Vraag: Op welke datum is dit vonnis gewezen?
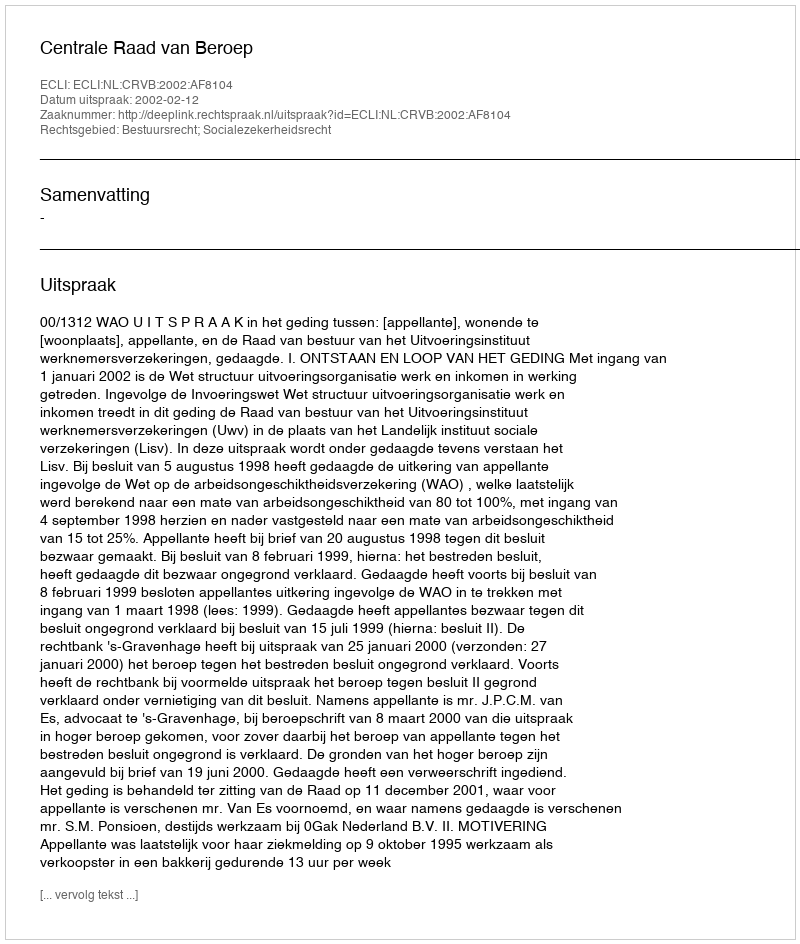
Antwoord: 2002-02-12